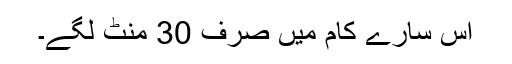
اس سارے کام میں صرف 30 منٹ لگے۔